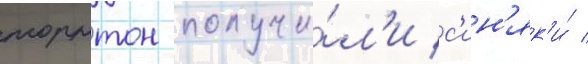
торнтон получи́л'и с'ин'як'и́ /